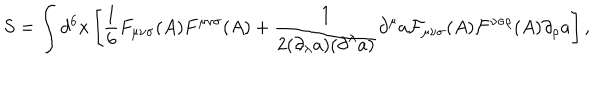
S = \int d ^ { 6 } x \left[ { \frac 1 6 } F _ { { \mu } { \nu } { \sigma } } ( A ) F ^ { { \mu } { \nu } { \sigma } } ( A ) + \frac { 1 } { 2 ( { \partial } _ { \lambda } a ) ( { \partial } ^ { \lambda } a ) } { \partial } ^ { \mu } a { \cal F } _ { { \mu } { \nu } { \sigma } } ( A ) { \cal F } ^ { { \nu } { \sigma } { \rho } } ( A ) { \partial } _ { \rho } a \right] ,